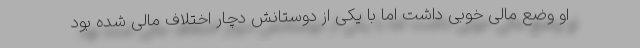
او وضع مالی خوبی داشت اما با یکی از دوستانش دچار اختلاف مالی شده بود